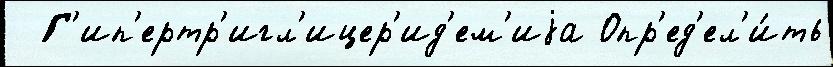
  Г'ип'ертр'игл'ицер'ид'ем'иjа Опр'ед'ел'и́ть